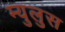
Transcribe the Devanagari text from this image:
म्युलुस